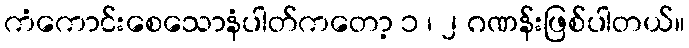
ကံကောင်းစေသောနံပါတ်ကတော့ ၁ ၊ ၂ ဂဏန်းဖြစ်ပါတယ်။